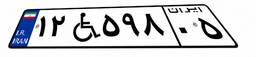
۲۵W۵۲۶۴۸